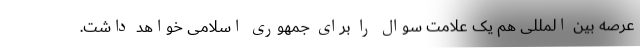
عرصه بین المللی هم یک علامت سوال را برای جمهوری اسلامی خواهد داشت.